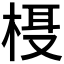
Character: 𬃁